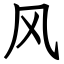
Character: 风